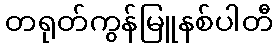
တရုတ်ကွန်မြူနစ်ပါတီ